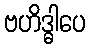
ဗဟိဒ္ဓါပေ